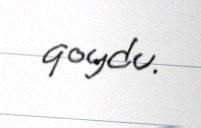
qoydu.